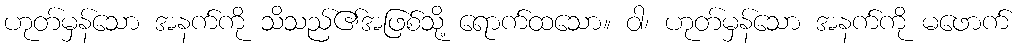
ဟုတ်မှန်သော အနက်ကို သိသည်၏အဖြစ်သို့ ရောက်ထသော။ ဝါ၊ ဟုတ်မှန်သော အနက်ကို မဖောက်